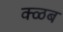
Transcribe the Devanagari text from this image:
क्ळब